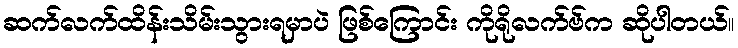
ဆက်လက်ထိန်းသိမ်းသွားရမှာပဲ ဖြစ်ကြောင်း ကိုရိုလက်ဗ်က ဆိုပါတယ်။